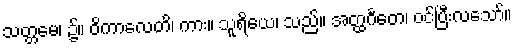
သတ္တမေ၊ ၌။ ဝိကာလေတိ၊ ကား။ သူရိယေ၊ သည်။ အတ္ထင်္ဂတေ၊ ဝင်ပြီးလသော်။